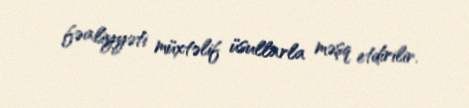
fəaliyyəti müxtəlif üsullarla məşq etdirilir.